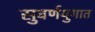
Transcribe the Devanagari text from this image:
सुवर्णयुगात